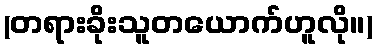
(တရားခိုးသူတယောက်ဟူလို။)